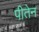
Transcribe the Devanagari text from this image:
पीतेन